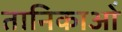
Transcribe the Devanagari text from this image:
तानिकाओं